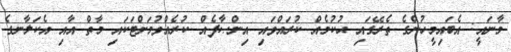
މާނައީ: އެބައިމީހުންގެ ތެރޭގައި ޙުކުމެއް ކުރައްވައި އިންޞާފެއް ކުރެއްވުމަށްޓަކައި މާތް އާއި އެކަލާނގެ